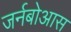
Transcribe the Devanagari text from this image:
जर्नबोआस